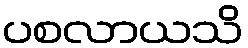
ပစလာယသိ